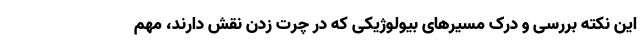
این نکته بررسی و درک مسیرهای بیولوژیکی که در چرت زدن نقش دارند، مهم